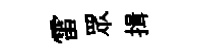
雷眾揖